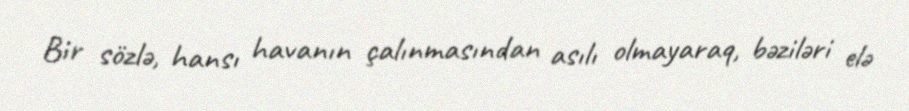
Bir sözlə, hansı havanın çalınmasından asılı olmayaraq, bəziləri elə